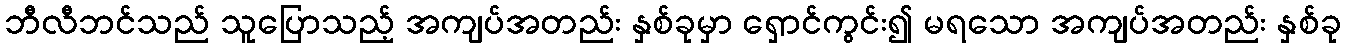
ဘီလီဘင်သည် သူပြောသည့် အကျပ်အတည်း နှစ်ခုမှာ ရှောင်ကွင်း၍ မရသော အကျပ်အတည်း နှစ်ခု